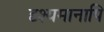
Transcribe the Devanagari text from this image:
दृश्यमानापि